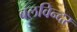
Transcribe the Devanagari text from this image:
बलविन्दर